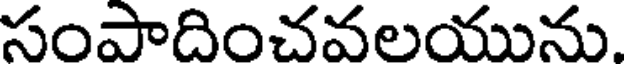
సంపాదించవలయును